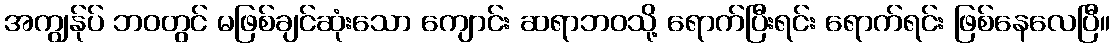
အကျွန်ုပ် ဘဝတွင် မဖြစ်ချင်ဆုံးသော ကျောင်း ဆရာဘဝသို့ ရောက်ပြီးရင်း ရောက်ရင်း ဖြစ်နေလေပြီ။